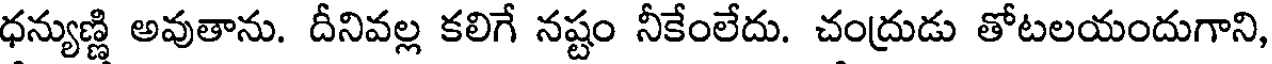
ధన్యుణ్ణి అవుతాను. దీనివల్ల కలిగే నష్టం నీకేంలేదు. చంద్రుడు తోటలయందుగాని,